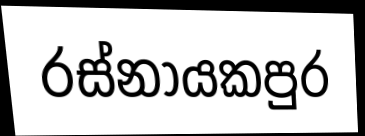
රස්නායකපුර